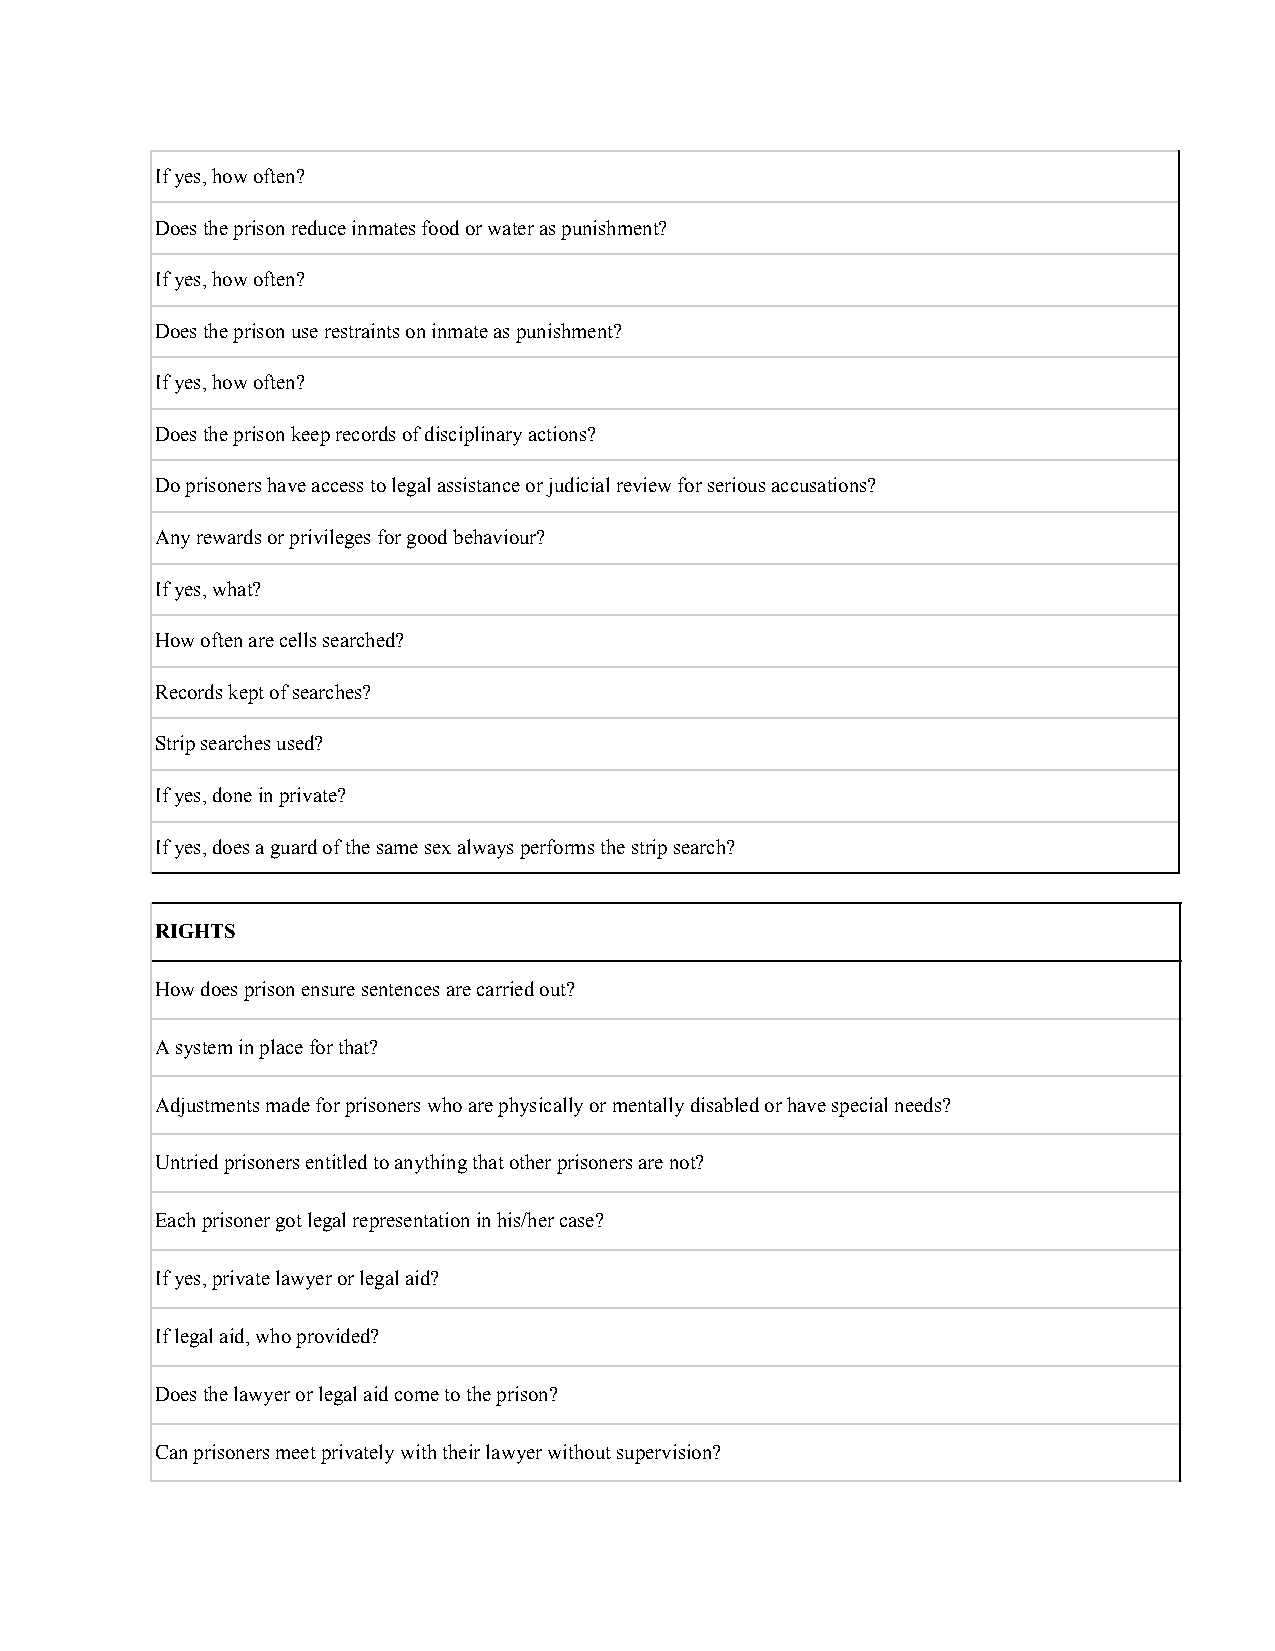
If yes, how often?
 Does the prison reduce inmates food or water as punishment?
 If yes, how often?
 Does the prison use restraints on inmate as punishment?
 If yes, how often?
 Does the prison keep records of disciplinary actions?
 Do prisoners have access to legal assistance or judicial review for serious accusations?
 Any rewards or privileges for good behaviour?
 If yes, what?
 How often are cells searched?
 Records kept of searches?
 Strip searches used?
 If yes, done in private?
 If yes, does a guard of the same sex always performs the strip search?
 RIGHTS
 How does prison ensure sentences are carried out?
 A system in place for that?
 Adjustments made for prisoners who are physically or mentally disabled or have special needs?
 Untried prisoners entitled to anything that other prisoners are not?
 Each prisoner got legal representation in his/her case?
 If yes, private lawyer or legal aid?
 If legal aid, who provided?
 Does the lawyer or legal aid come to the prison?
 Can prisoners meet privately with their lawyer without supervision?